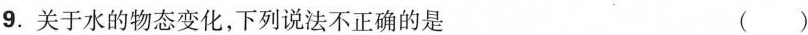
9.关于水的物态变化，下列说法不正确的是 ( )